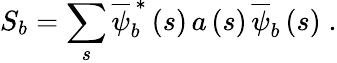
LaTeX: S_{b}=\sum_{s}\overline{{\psi}}_{b}^{\, \ast}\left(s\right)\, a\left(s\right)\, \overline{{\psi}}_{b}\left(s\right)\; .